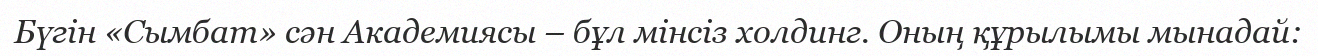
Бүгін «Сымбат» сән Академиясы – бұл мінсіз холдинг. Оның құрылымы мынадай: